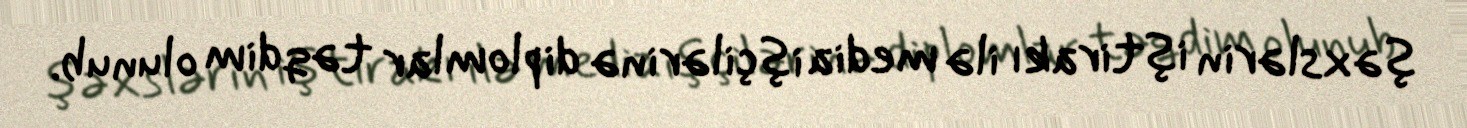
şəxslərin iştirakı ilə media işçilərinə diplomlar təqdim olunub.